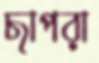
ছাপরা